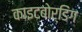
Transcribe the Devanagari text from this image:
काइटबोर्डिंग